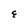
Character: E